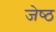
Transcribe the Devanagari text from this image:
जेष्‍ठ